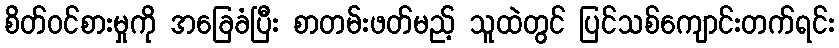
စိတ်ဝင်စားမှုကို အခြေခံပြီး စာတမ်းဖတ်မည့် သူထဲတွင် ပြင်သစ်ကျောင်းတက်ရင်း